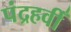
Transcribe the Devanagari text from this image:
पंद्रहवीँ